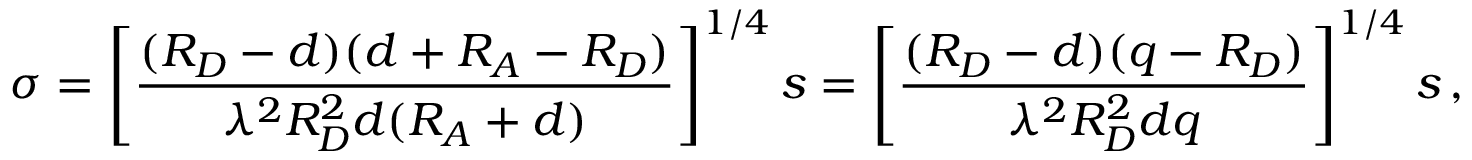
\boldsymbol \sigma = \left[ { \frac { ( R _ { D } - d ) ( d + R _ { A } - R _ { D } ) } { \lambda ^ { 2 } R _ { D } ^ { 2 } d ( R _ { A } + d ) } } \right] ^ { 1 / 4 } \boldsymbol s = \left[ { \frac { ( R _ { D } - d ) ( q - R _ { D } ) } { \lambda ^ { 2 } R _ { D } ^ { 2 } d q } } \right] ^ { 1 / 4 } \boldsymbol s \, ,